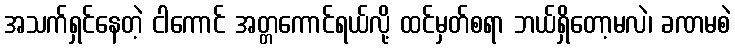
အသက်ရှင်နေတဲ့ ငါကောင် အတ္တကောင်ရယ်လို့ ထင်မှတ်စရာ ဘယ်ရှိတော့မလဲ၊ ခဏမစဲ